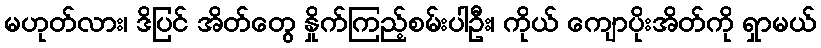
မဟုတ်လား၊ ဒိပြင် အိတ်တွေ နှိုက်ကြည့်စမ်းပါဦး၊ ကိုယ် ကျောပိုးအိတ်ကို ရှာမယ်